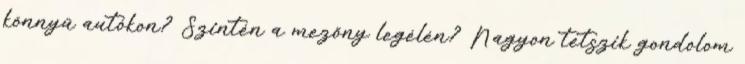
könnyű autókon? Szintén a mezőny legélén? Nagyon tetszik gondolom